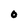
Character: O